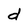
Character: d